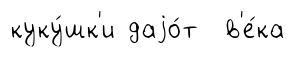
куку́шк'и даjо́т в'е́ка